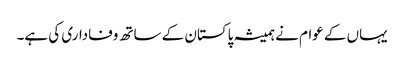
یہاں کے عوام نے ہمیشہ پاکستان کے ساتھ وفاداری کی ہے۔